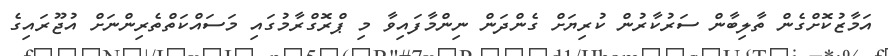
އަމާޒުކޮށްގެން ތާލިބާން ސަރުކާރުން ކުރިޔަށް ގެންދަން ނިންމާފައިވާ މި ޕްރޮގްރާމުގައި މަސައްކަތްތެރިންނަށް އުޖޫރައިގެ